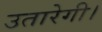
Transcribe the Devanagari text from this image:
उतारेगी।